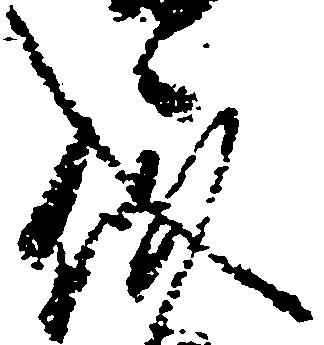
儀